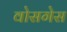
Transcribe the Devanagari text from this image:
वोसगेस